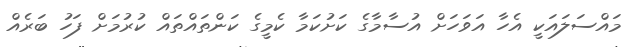
މައްސަލައަކީ އެހާ އަވަހަށް އުސާމާގެ ކަށުކަމާ ކެމީގެ ކަންތައްތައް ކުރުމަށް ފަހު ބަރެއް